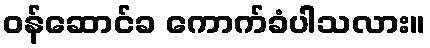
ဝန်ဆောင်ခ ကောက်ခံပါသလား။